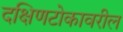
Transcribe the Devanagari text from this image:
दक्षिणटोकावरील